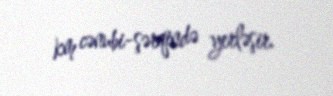
km cənubi-şərqində yerləşir.